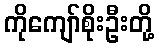
ကိုကျော်စိုးဦးတို့